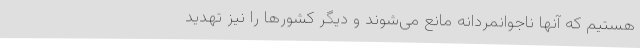
هستیم که آنها ناجوانمردانه مانع می‌شوند و دیگر کشورها را نیز تهدید